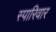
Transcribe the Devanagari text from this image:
स्पारिवार